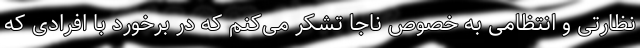
نظارتی و انتظامی به خصوص ناجا تشکر می‌کنم که در برخورد با افرادی که